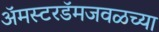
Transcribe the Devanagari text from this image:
ॲमस्टरडॅमजवळच्या